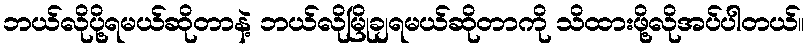
ဘယ်လိုပို့ရမယ်ဆိုတာနဲ့ ဘယ်လိုမြိုချရမယ်ဆိုတာကို သိထားဖို့လိုအပ်ပါတယ်။